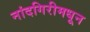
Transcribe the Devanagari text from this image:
नांदगिरीमधून